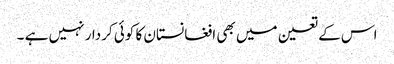
اس کے تعین میں بھی افغانستان کا کوئی کردار نہیں ہے ۔